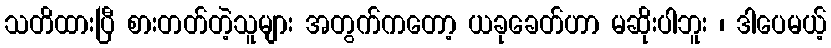
သတိထားပြီ စားတတ်တဲ့သူများ အတွက်ကတော့ ယခုခေတ်ဟာ မဆိုးပါဘူး ၊ ဒါပေမယ့်